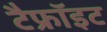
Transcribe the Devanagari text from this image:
टैफ्रॉइट